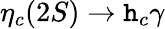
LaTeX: \eta_{c}(2S)\rightarrow\mathtt{h}_{c}\gamma